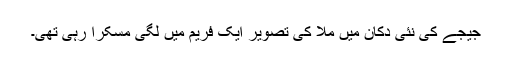
جیجے کی نئی دکان میں ملّا کی تصویر ایک فریم میں لگی مسکرا رہی تھی۔